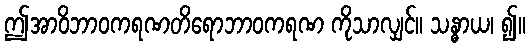
ဤအာဝိဘာဝကရဏတိရောဘာဝကရဏ ကိုသာလျှင်။ သန္ဓာယ၊ ၍။